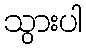
သွားပါ